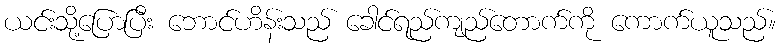
ယင်းသို့ပြောပြီး ဘောင်ဟိန်းသည် ခေါင်ရည်ကျည်တောက်ကို ကောက်ယူသည်။